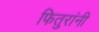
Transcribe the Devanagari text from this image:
फितुरांनी